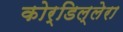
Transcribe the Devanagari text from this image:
कोर्डिल्लेरा